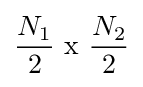
{\frac {N_{1}}{2}}{\text{ x }}{\frac {N_{2}}{2}}